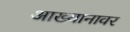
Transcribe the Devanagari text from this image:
आख्यानावर